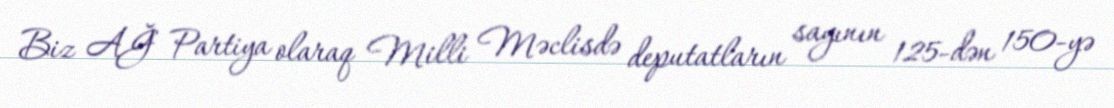
Biz AĞ Partiya olaraq Milli Məclisdə deputatların sayının 125-dən 150-yə